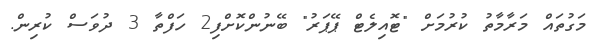
މަގުތައް މަރާމާތު ކުރުމަށް "ޓޮއިލެޓް ޕޭޕަރު" ބޭނުންކޮށްފި2 ހަފްތާ 3 ދުވަސް ކުރިން.